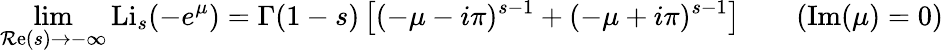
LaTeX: \operatorname*{lim}_{\operatorname{\mathcal{R}e}(s)\to-\infty}\operatorname{Li}_{s}(-e^{\mu})=\Gamma(1-s)\left[(-\mu-i\pi)^{s-1}+(-\mu+i\pi)^{s-1}\right]\qquad(\operatorname{Im}(\mu)=0)